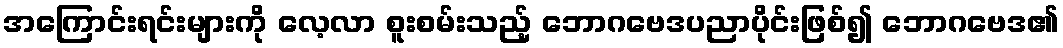
အကြောင်းရင်းများကို လေ့လာ စူးစမ်းသည့် ဘောဂဗေဒပညာပိုင်းဖြစ်၍ ဘောဂဗေဒ၏